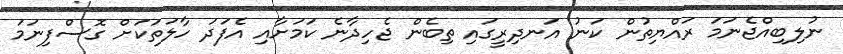
ނުލިބިއްޖެނަމަ ރައްޔިތުން ކަނު އަނދިރީގައި ތިބެން ޖެހިދާނެ ކަމަށާއި އެފަދަ ހާލަތަކަށް ގޮސްފިނަމަ